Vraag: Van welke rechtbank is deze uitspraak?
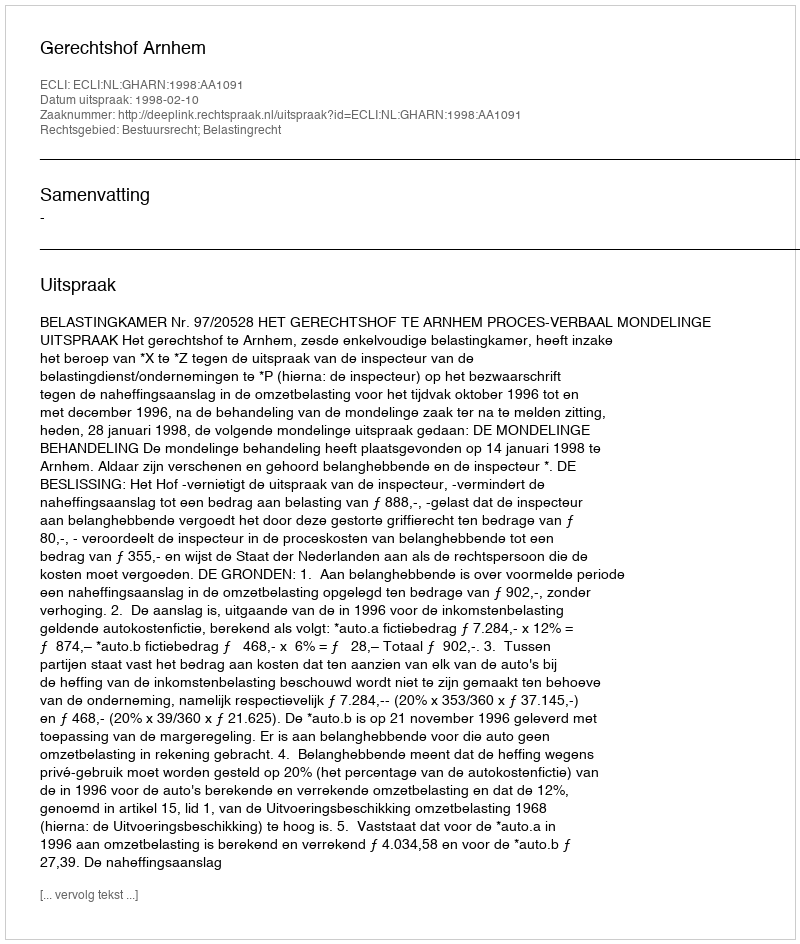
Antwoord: Gerechtshof Arnhem